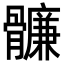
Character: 𩪬